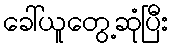
ခေါ်ယူတွေ့ဆုံပြီး